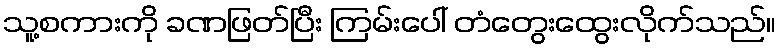
သူ့စကားကို ခဏဖြတ်ပြီး ကြမ်းပေါ် တံတွေးထွေးလိုက်သည်။